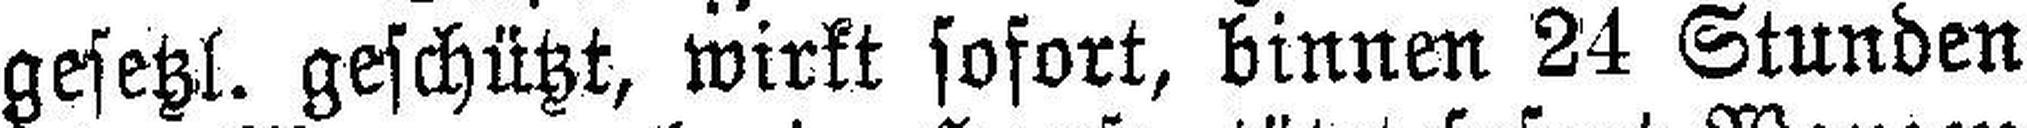
gesetzt. geschützt, wirkt sofort, binnen 24 Stunden